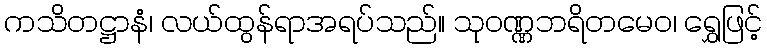
ကသိတဋ္ဌာနံ၊ လယ်ထွန်ရာအရပ်သည်။ သုဝဏ္ဏဘရိတမေဝ၊ ရွှေဖြင့်